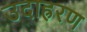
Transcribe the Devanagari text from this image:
उदाह्ररण